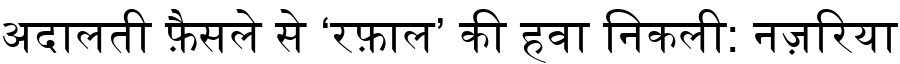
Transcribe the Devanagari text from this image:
अदालती फ़ैसले से ‘रफ़ाल’ की हवा निकली: नज़रिया